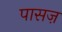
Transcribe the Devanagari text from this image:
पासज़